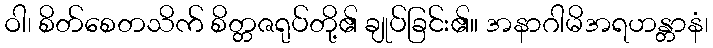
ဝါ၊ စိတ်စေတသိက် စိတ္တဇရုပ်တို့၏ ချုပ်ခြင်း၏။ အနာဂါမိအရဟန္တာနံ၊